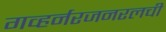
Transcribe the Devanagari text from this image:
गव्हर्नरजनरलची